Development of the parasite of Indian kala azar - Number 53
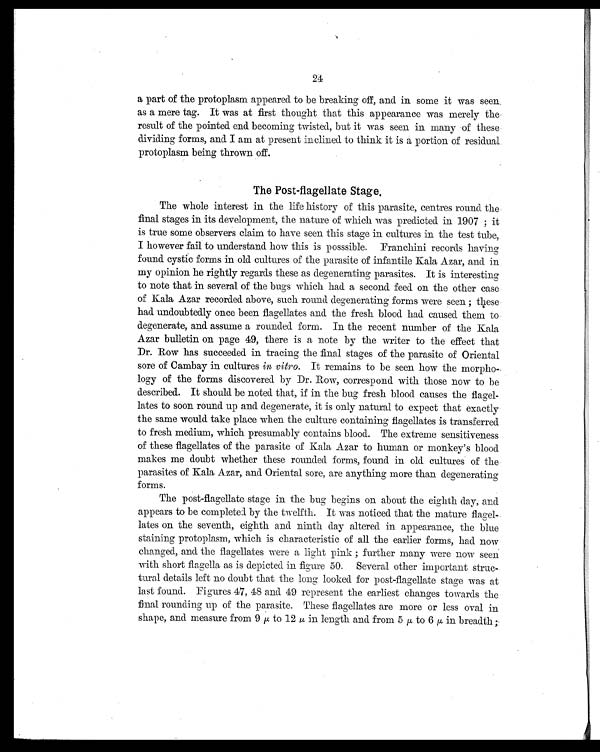
24
a part of the protoplasm appeared to be breaking off, and in some it was seen
as a mere tag. It was at first thought that this appearance was merely the
result of the pointed end becoming twisted, but it was seen in many of these
dividing forms, and I am at present inclined to think it is a portion of residual
protoplasm being thrown off.
The Post-flagellate Stage.
The whole interest in the life history of this parasite, centres round the
final stages in its development, the nature of which was predicted in 1907 ; it
is true some observers claim to have seen this stage in cultures in the test tube,
I however fail to understand how this is posssible. Franchini records having
found cystic forms in old cultures of the parasite of infantile Kala Azar, and in
my opinion he rightly regards these as degenerating parasites. It is interesting
to note that in several of the bugs which had a second feed on the other case
of Kala Azar recorded above, such round degenerating forms were seen ; these
had undoubtedly once been flagellates and the fresh blood had caused them to
degenerate, and assume a rounded form. In the recent number of the Kala
Azar bulletin on page 49, there is a note by the writer to the effect that
Dr. Row has succeeded in tracing the final stages of the parasite of Oriental
sore of Cambay in cultures in vitro. It remains to be seen how the morpho-
logy of the forms discovered by Dr. Row, correspond with those now to be
described. It should be noted that, if in the bug fresh blood causes the flagel-
lates to soon round up and degenerate, it is only natural to expect that exactly
the same would take place when the culture containing flagellates is transferred
to fresh medium, which presumably contains blood. The extreme sensitiveness
of these flagellates of the parasite of Kala Azar to human or monkey's blood
makes me doubt whether these rounded forms, found in old cultures of the
parasites of Kala Azar, and Oriental sore, are anything more than degenerating
forms.
The post-flagellate stage in the bug begins on about the eighth day, and
appears to be completed by the twelfth. It was noticed that the mature
f l a g e l - l a t e s o n t h e s e v e n t h , e i g h t h a n d n i n t h d a y a l t e r e d i n a p p e a r a n c e , t h e b l u e
staining protoplasm, which is characteristic of all the earlier forms, had now
changed, and the flagellates were a light pink ; further many were now seen
with short flagella as is depicted in figure 50. Several other important struc-
tural details left no doubt that the long looked for post-flagellate stage was at
last found. Figures 47, 48 and 49 represent the earliest changes towards the
final rounding up of the parasite. These flagellates are more or less oval in
shape, and measure from 9 µ to 12 µ i n l e n g t h a n d f r o m 5
µ t o 6
µ i n b r e a d t h ;